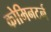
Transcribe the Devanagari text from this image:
कोमिनटर्न